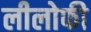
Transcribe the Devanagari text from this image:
लीलोफी